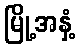
မြို့အနှံ့